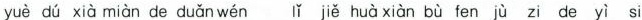
yuè dú xià miàn de duǎnwén lǐ jiě huà xiàn bù fen jù zi de yì si